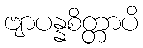
ဗျာပန္နစိတ္တာပိ